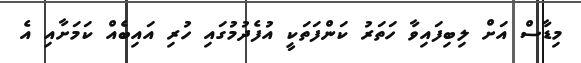
މިޑާސް އަށް ލިބިފައިވާ ހަތަރު ކަންފަތަކީ އުފެދުމުގައި ހުރި އައިބެއް ކަމަށާއި އެ